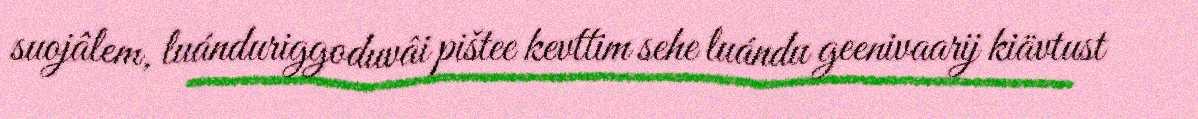
suojâlem, luánduriggoduvâi pištee kevttim sehe luándu geenivaarij kiävtust